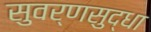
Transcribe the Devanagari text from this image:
सुवर्णसुद्धा